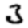
Digit: 3